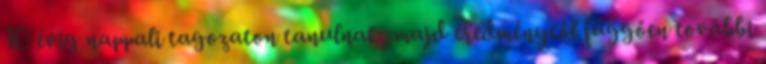
10 évig nappali tagozaton tanulnak, majd eredménytől függően további